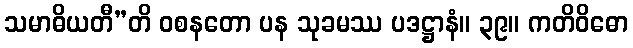
သမာဓိယတီ”တိ ဝစနတော ပန သုခမဿ ပဒဋ္ဌာနံ။ ၃၉။ ကတိဝိဓော